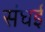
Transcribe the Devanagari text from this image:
संघई